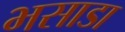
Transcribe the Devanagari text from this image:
भसाडा